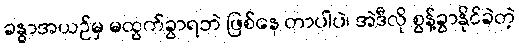
ခန္ဓာအယဉ်မှ မထွက်ခွာရဘဲ ဖြစ်နေ တာပါပဲ၊ အဲဒီလို စွန့်ခွာနိုင်ခဲတဲ့